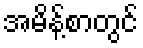
အမိန့်စာတွင်